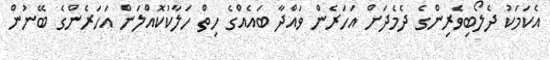
އެކަމަކު ދެލޯބިވެރިންގެ ދެމެދަށް އަހަރެން ވައްދާ ބައެއްގެ ހިތް ހަލާކުކޮއްލަން އަހަރެންގެ ބޭނުން